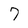
Character: 7